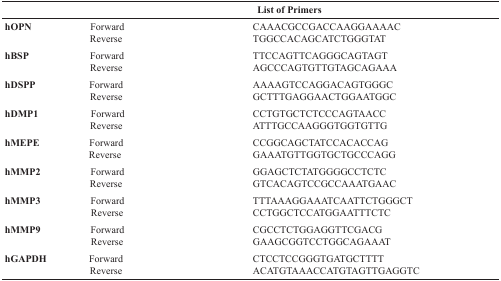
<table><thead><tr><td></td><td></td><td><b>List of Primers</b></td></tr></thead><tbody><tr><td><b>hOPN</b></td><td>ForwardReverse</td><td>CAAACGCCGACCAAGGAAAACTGGCCACAGCATCTGGGTAT</td></tr><tr><td><b>hBSP</b></td><td>ForwardReverse</td><td>TTCCAGTTCAGGGCAGTAGTAGCCCAGTGTTGTAGCAGAAA</td></tr><tr><td><b>hDSPP</b></td><td>ForwardReverse</td><td>AAAAGTCCAGGACAGTGGGCGCTTTGAGGAACTGGAATGGC</td></tr><tr><td><b>hDMP1</b></td><td>ForwardReverse</td><td>CCTGTGCTCTCCCAGTAACCATTTGCCAAGGGTGGTGTTG</td></tr><tr><td><b>hMEPE</b></td><td>ForwardReverse</td><td>CCGGCAGCTATCCACACCAGGAAATGTTGGTGCTGCCCAGG</td></tr><tr><td><b>hMMP2</b></td><td>ForwardReverse</td><td>GGAGCTCTATGGGGCCTCTCGTCACAGTCCGCCAAATGAAC</td></tr><tr><td><b>hMMP3</b></td><td>ForwardReverse</td><td>TTTAAAGGAAATCAATTCTGGGCTCCTGGCTCCATGGAATTTCTC</td></tr><tr><td><b>hMMP9</b></td><td>ForwardReverse</td><td>CGCCTCTGGAGGTTCGACGGAAGCGGTCCTGGCAGAAAT</td></tr><tr><td><b>hGAPDH</b></td><td>ForwardReverse</td><td>CTCCTCCGGGTGATGCTTTTACATGTAAACCATGTAGTTGAGGTC</td></tr></tbody></table>